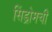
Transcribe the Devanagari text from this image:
सिंड्रोमची